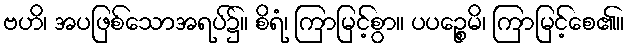
ဗဟိ၊ အပဖြစ်သောအရပ်၌။ စိရံ၊ ကြာမြင့်စွာ။ ပပဉ္စေမိ၊ ကြာမြင့်စေ၏။